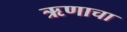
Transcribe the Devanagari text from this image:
ऋणाचा